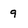
Character: 9